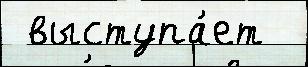
 выступа́ет